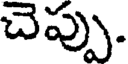
చెప్పు.